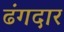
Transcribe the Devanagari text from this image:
ढंगदार